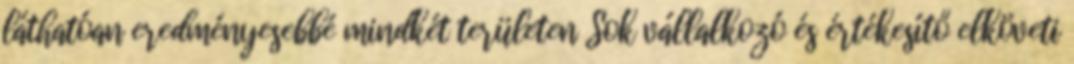
láthatóan eredményesebbé mindkét területen Sok vállalkozó és értékesítő elköveti